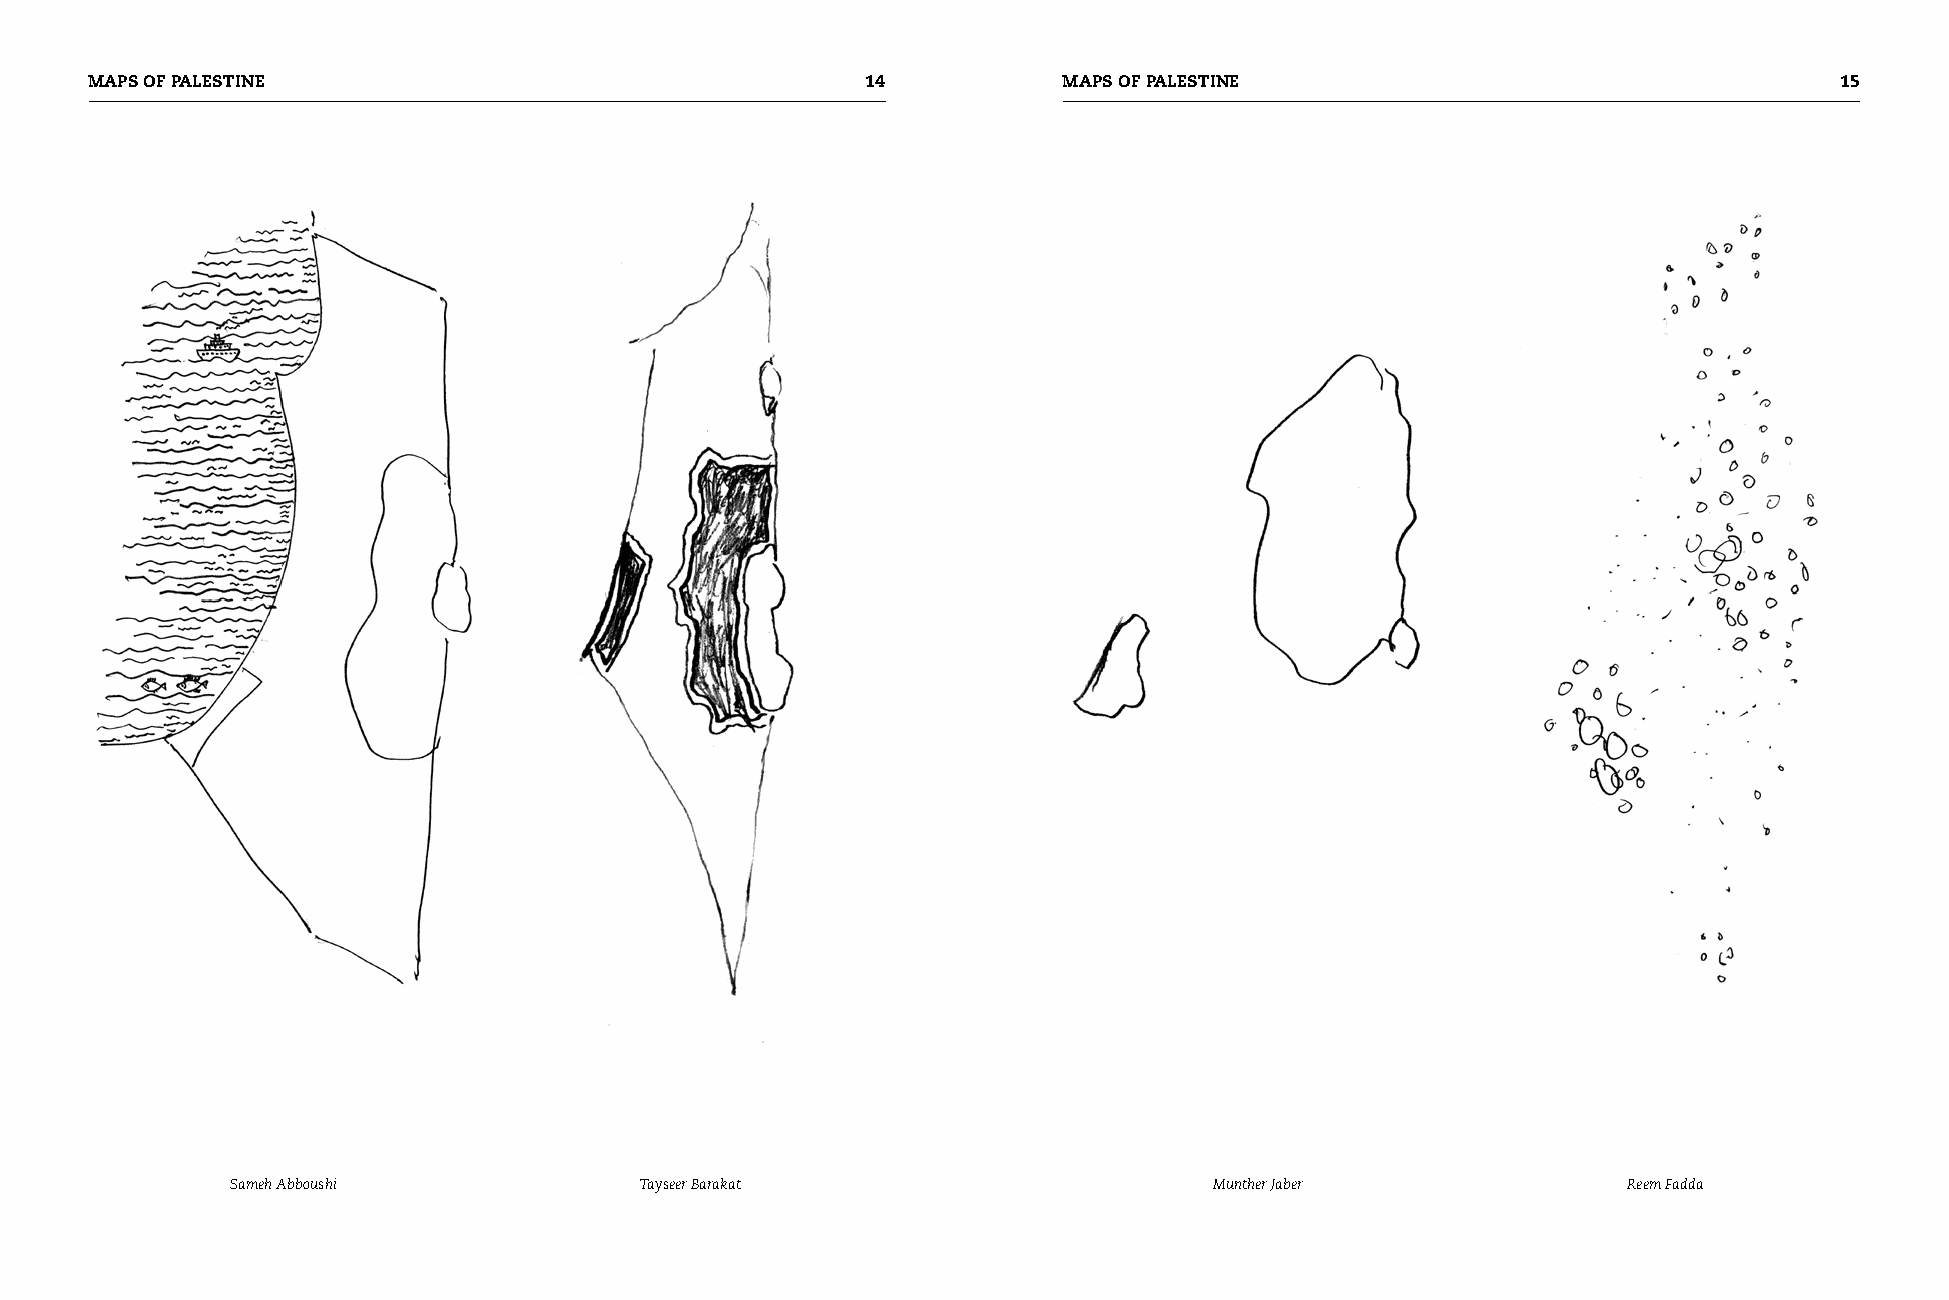
MAPS OF PALESTINE                                  1           MAPS OF PALESTINE                                   1
 Sameh Abboushi             Tayseer Barakat                       Munther Jaber               Reem Fadda